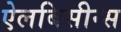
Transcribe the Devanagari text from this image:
ऐलबिसीन्स